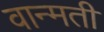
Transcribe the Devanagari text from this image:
वान्मती